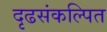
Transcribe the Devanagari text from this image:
दृढसंकल्पित